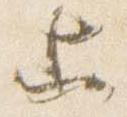
等